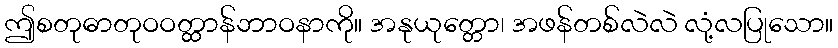
ဤစတုဓာတုဝဝတ္ထာန်ဘာဝနာကို။ အနုယုတ္တော၊ အဖန်တစ်လဲလဲ လုံ့လပြုသော။